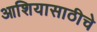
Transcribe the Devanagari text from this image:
आशियासाठीचे